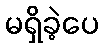
မရှိခဲ့ပေ